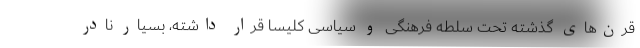
قرن‌های گذشته تحت سلطه فرهنگی و سیاسی کلیسا قرار داشته، بسیار نادر